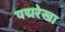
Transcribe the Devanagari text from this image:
पद्मरेखा